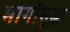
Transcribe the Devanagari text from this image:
मार्गोसुद्धा